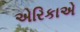
એરિકાએ